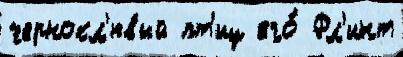
чернокл'ювый пт'иц его́ Фл'инт